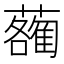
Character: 𧃄